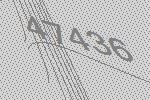
47436